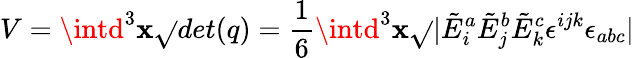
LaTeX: V=\intd^{3}\mathbf{x}{\sqrt{}{{det(q)}}}={\frac{{1}}{{6}}}\intd^{3}\mathbf{x}{\sqrt{}{{|{\tilde{{E}}}_{i}^{a}{\tilde{{E}}}_{j}^{b}{\tilde{{E}}}_{k}^{c}\epsilon^{ijk}\epsilon_{abc}|}}}